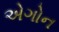
એગોન